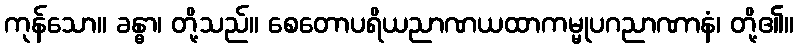
ကုန်သော။ ခန္ဓာ၊ တို့သည်။ စေတောပရိယညာဏယထာကမ္မုပဂညာဏာနံ၊ တို့၏။